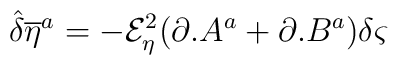
{\hat{\delta}} {\overline{\eta}} ^{a}=-{\mathcal{E}}_{\eta }^{2}(\partial .A^{a}+\partial .B^{a})\delta \varsigma